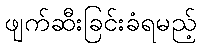
ဖျက်ဆီးခြင်းခံရမည့်